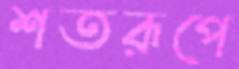
শতরূপে